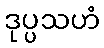
ဒုပ္ပသဟံ